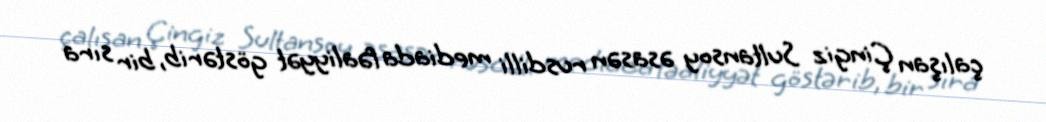
çalışan Çingiz Sultansoy əsasən rusdilli mediada fəaliyyət göstərib, bir sıra